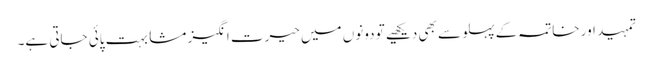
تمہید اور خاتمہ کے پہلو سے بھی دیکھیے تو دونوں میں حیرت انگیز مشابہت پائی جاتی ہے۔